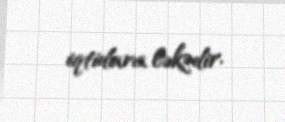
iqtidara ləkədir.